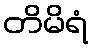
တိမိရံ